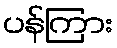
ပန်ကြား